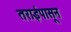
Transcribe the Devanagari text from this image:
तराईपासून